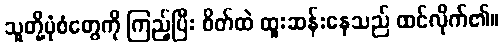
သူတို့ပုံစံတွေကို ကြည့်ပြီး စိတ်ထဲ ထူးဆန်းနေသည် ထင်လိုက်၏။